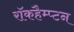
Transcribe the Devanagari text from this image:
रॉकहैम्प्टन